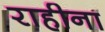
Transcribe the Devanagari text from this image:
राहीना